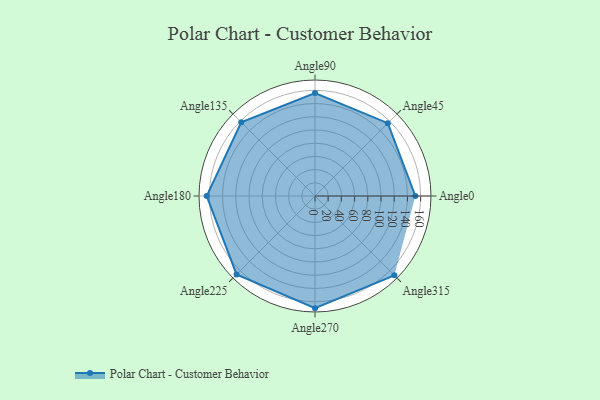
{"axis": {"x": "Angle", "y": "Radius"}, "legend": [""], "data": [{"x": "Angle0", "y": 152.0, "type": ""}, {"x": "Angle45", "y": 156.0, "type": ""}, {"x": "Angle90", "y": 156.0, "type": ""}, {"x": "Angle135", "y": 158.0, "type": ""}, {"x": "Angle180", "y": 164.0, "type": ""}, {"x": "Angle225", "y": 168.0, "type": ""}, {"x": "Angle270", "y": 170, "type": ""}, {"x": "Angle315", "y": 170, "type": ""}]}